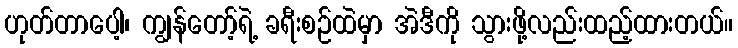
ဟုတ်တာပေါ့၊ ကျွန်တော့်ရဲ့ ခရီးစဉ်ထဲမှာ အဲဒီကို သွားဖို့လည်းထည့်ထားတယ်။